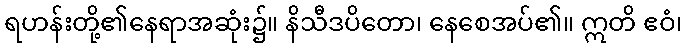
ရဟန်းတို့၏နေရာအဆုံး၌။ နိသီဒပိတော၊ နေစေအပ်၏။ ဣတိ ဧဝံ၊